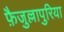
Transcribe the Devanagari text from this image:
फ़ैजुल्लापुरिया